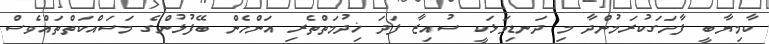
ކާމިޔާބީ ފާހަގަކުރަމުންދާ މި ދަނޑިވަޅަކީ ސުއިޒާ ފަދަ ޚިދުމަތްތެރި އަންހެން ބޭފުޅުންގެ މަސައްކަތްތައްވެސް